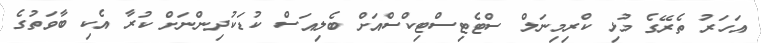
އަހަރު ތެރޭގެ މުޅި ކްރިމިނަލް ސްޓެޓިސްޓިކްސްއަށް ބެލިއަސް ކުޑަކުދިންނަށް ކުރާ އެކި ބާވަތުގެ